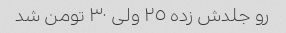
رو جلدش زده ٢٥ ولی ٣٠ تومن شد